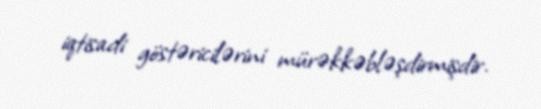
iqtisadi göstəricilərini mürəkkəbləşdirmişdir.